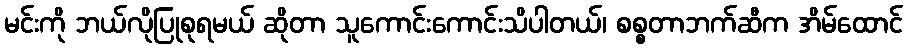
မင်းကို ဘယ်လိုပြုစုရမယ် ဆိုတာ သူကောင်းကောင်းသိပါတယ်၊ စစ္စတာဘက်ဆီက အိမ်ထောင်